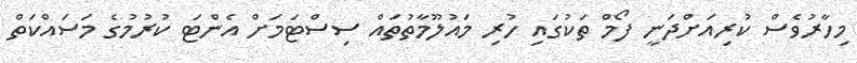
މިހާރުވެސް ކުރިއަށްދަނީ ފޯމް ތަކުގައި ހުރި މައުލޫމާތުތައް ސިސްޓަމަށް އެންޓަ ކުރުމުގެ މަސައްކަތް